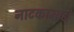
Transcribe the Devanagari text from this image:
नाटकामधे